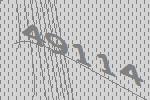
49114